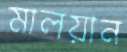
মালয়ান